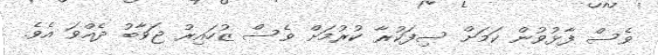
ވެސް ފާޅުވުން ކަމަށް ސިފަކުރާ ކުރުމަށް ވެސް ޒުހައިރު ޖަވާބު ދެއްވަ އެވެ.